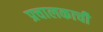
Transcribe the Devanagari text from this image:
प्रचालकाची